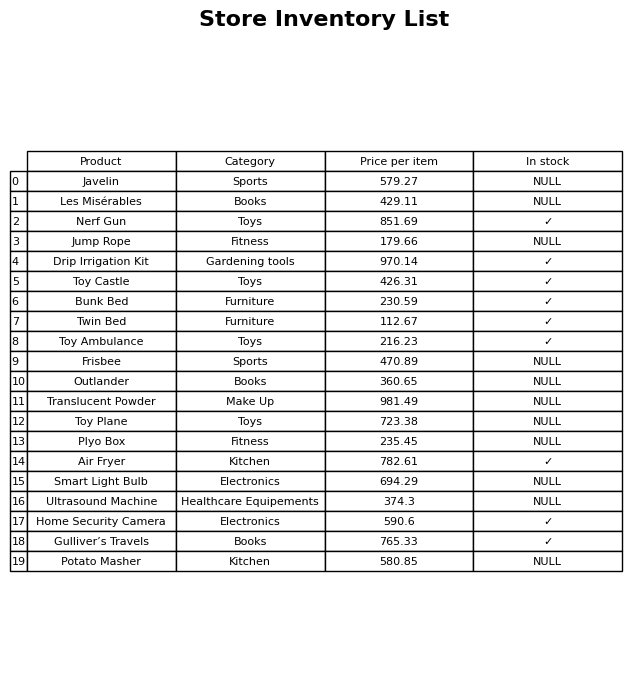
question: What is the price of the Gulliver’s Travels?
answer: The price of Gulliver’s Travels is 765.33.